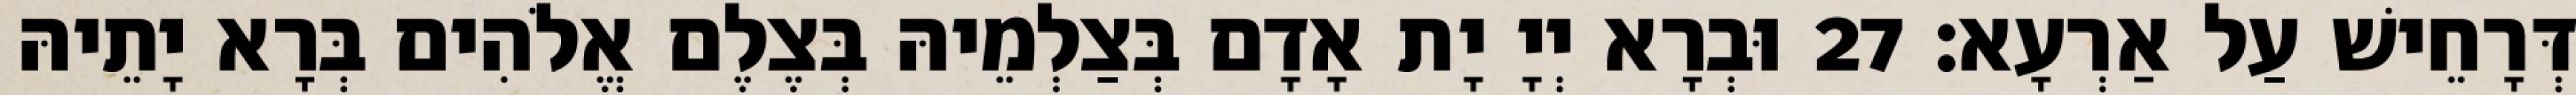
דְּרָחֵישׁ עַל אַרְעָא׃ 27 וּבְרָא יְיָ יָת אָדָם בְּצַלְמֵיהּ בְּצֶלֶם אֱלֹהִים בְּרָא יָתֵיהּ